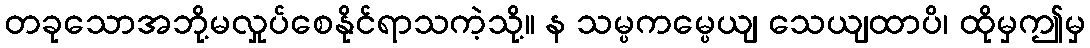
တခုသောအဘို့မလှုပ်စေနိုင်ရာသကဲ့သို့။ န သမ္ပကမ္ပေယျ သေယျထာပိ၊ ထိုမှဤမှ